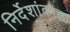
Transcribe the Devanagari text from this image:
निर्देशांकाला